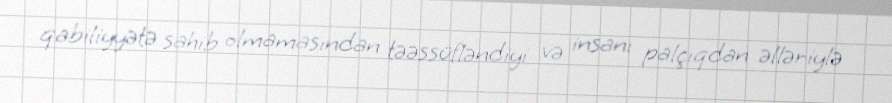
qabiliyyətə sahib olmamasından təəssüfləndiyi və insanı palçıqdan əlləriylə